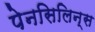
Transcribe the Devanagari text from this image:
पेनसिलिन्स